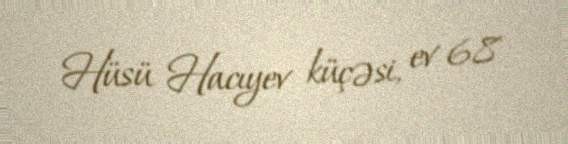
Hüsü Hacıyev küçəsi, ev 68